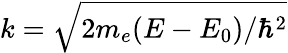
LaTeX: k=\sqrt{2m_{e}(E-E_{0})/\hbar^{2}}